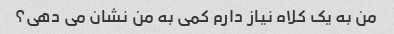
من به یک کلاه نیاز دارم کمی به من نشان می دهی؟